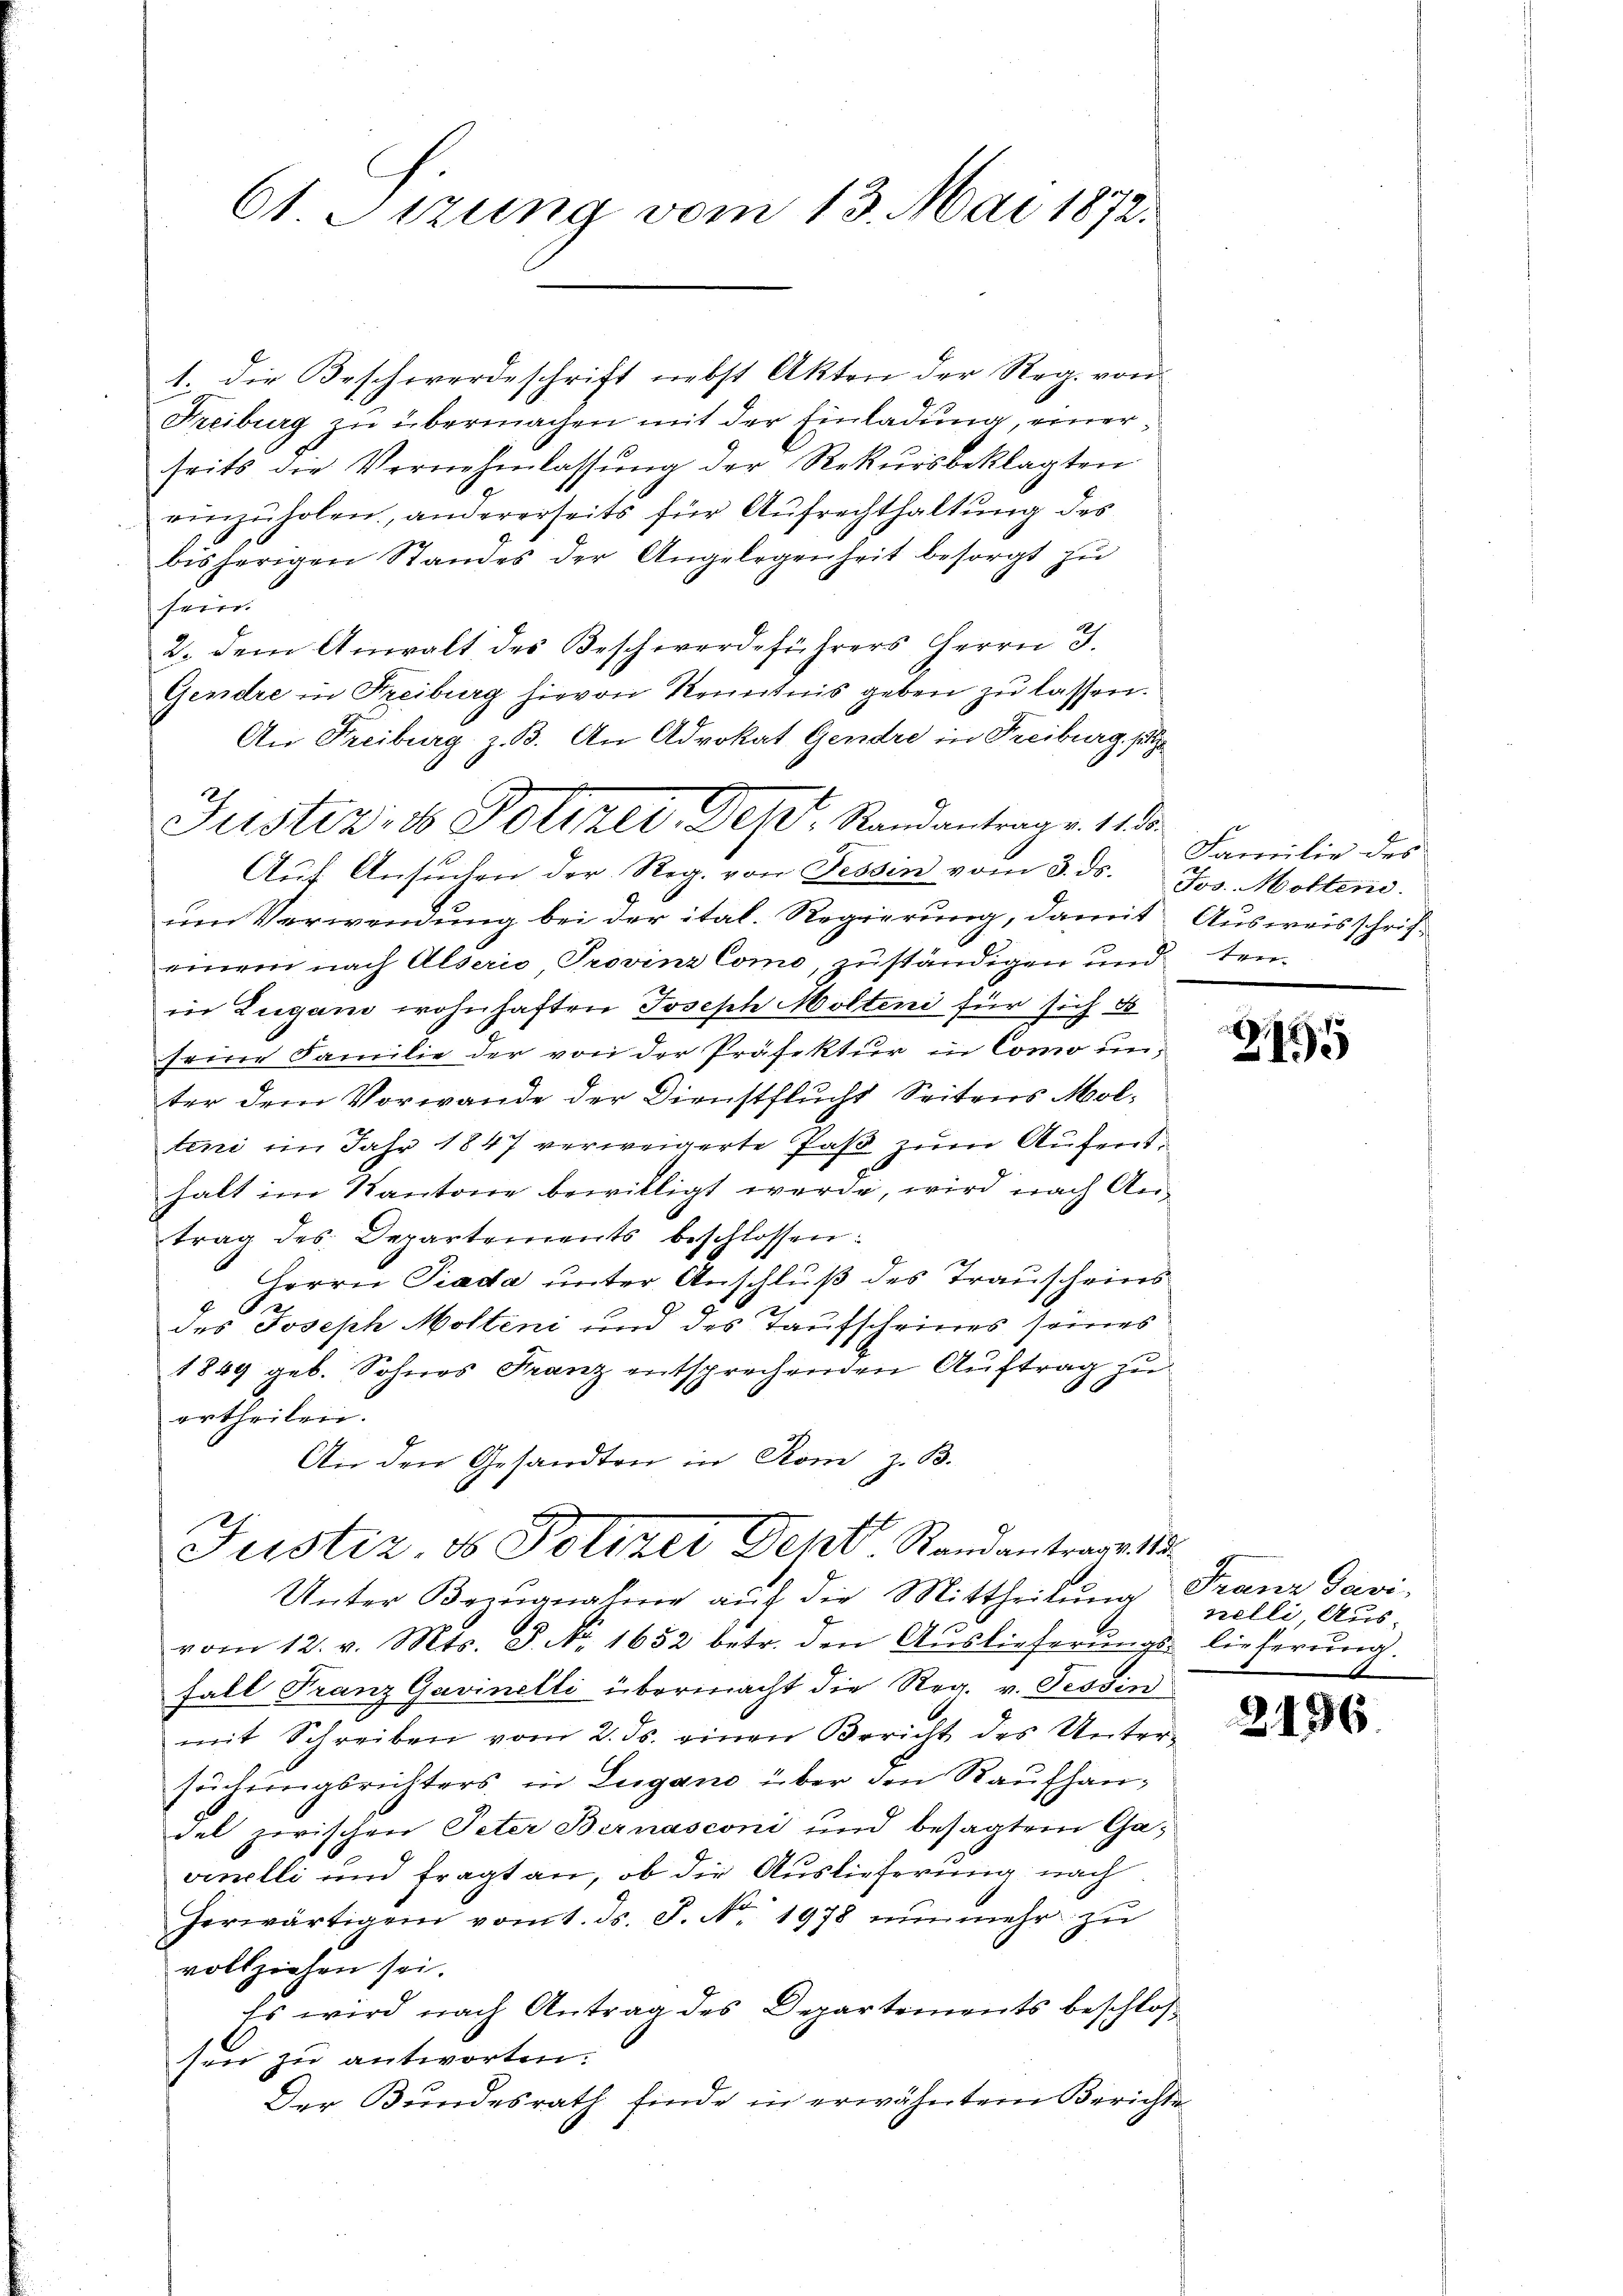
61. Sizung vom 13. Mai 1872.

1. Die Beschwerdeschrift nebst Akten der Reg. von
Freiburg zu übermachen mit der Einladung, einerseits die Vernehmlassŭng der Rekursbeklagten
einzuholen, andererseits für Aufrechthaltung des
bisherigen Standes der Angelegenheit besorgt zŭ
heim
2. dem Anwalt des Beschwerdeführers Herrn J.
Gendre in Freiburg hievon Kenntnis geben zu lassen.
An Freiburg z. B. An Advokat Gendre in Freiburg setz
um Verwendung bei der ital. Regierung, damit Ausweisschrifeinem nach Alserio Provinz Como, zuständigen und teuin Zugan wohnhaften Joseph Molten für sich d
seine Familie der von der Präfektur in Como unter dem Vorwande der Dienstflucht Seitens Moltini im Jahr 1847 verweigerte Paß zum Aufenthalt im Kantone bewilligt werde, wird nach Antrag des Departements beschlossen:
Herrn Prada unter Anschluß des Trauscheins
des Joseph Mölleni und des Taufscheines seines
1849 geb. Sohnes Franz entsprechenden Auftrag zu
ertheilen.
An den Gesandten in Rom z. B.

Justiz, ds Poliker, Des Standantrage. 118.
Aŭf Ansŭchen der Reg. von Tessin vom 3. ds. Jos. Motten.

Justiz & Polizer Sept. Standantrage 18
Unter Bezugnahme auf die Mittheilung Franz Javi

vom 12. v. Mts. S. No. 1652 betr. den Aŭslieferŭngs- lieferŭng.
Fall Franz Gavinelli übermacht die Reg. v. Tessin
mit Schreiben vom 2. ds. einen Bericht des Unter-
suchungsrichters in Lugano über den Raufhandel zwischen Peter Bernasconi und besagtem Gasvinelli und fragt an, ob die Auslieferung nach
herwärtigen vom 1. ds. J. N. 1978 nŭnmehr zu
vollziehen sei.
Es wird nach Antrag des Departements beschlos
sen zu antworten.
Der Bundesrath finde in erwähntem Berichte

Familie des

155

nelli Aus-

2196.